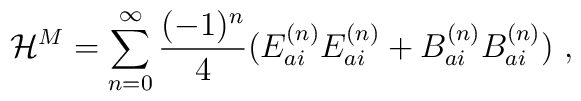
{\cal H}^M = \sum_{n=0}^{\infty } \frac{(-1)^n}{4}(E_{ai}^{(n)}E_{ai}^{(n)} + B_{ai}^{(n)}B_{ai}^{(n)}) \ ,